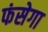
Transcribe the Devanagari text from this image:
फंसेगा